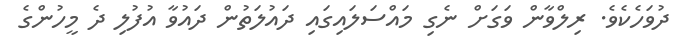
ދުވަހެކެވެ. ރިލްވާން ވަގަށް ނެގި މައްސަލައިގައި ދައުލަތުން ދައުވާ އުފުލި ދެ މީހުންގެ